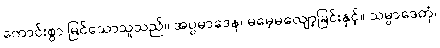
ကောင်းစွာ မြင်သောသူသည်။ အပ္ပမာဒေန၊ မမေ့မလျော့ခြင်းနှင့်။ သမ္ပာဒေတုံ၊